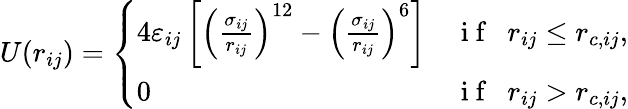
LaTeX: U({{r}_{ij}})=\left\{ \begin{array}{ll}{4\varepsilon_{ij}\left[{{\left(\frac{\sigma_{ij}}{{{r}_{ij}}}\right)}^{12}}-{{\left(\frac{\sigma_{ij}}{{{r}_{ij}}}\right)}^{6}}\right]}&{\mathrm{~i~f~}\, \, \, {{r}_{ij}}\le{{r}_{c,ij}},}\\ {0}&{\mathrm{~i~f~}\, \, \, {{r}_{ij}}>{{r}_{c,ij}},}\end{array}\right.